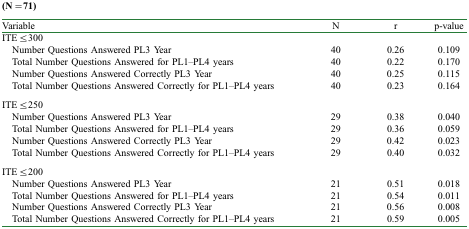
| Variable | N | r | p-value |
 | --- | --- | --- | --- |
 | <COLSPAN=4> ITE≤300 |
 | Number Questions Answered PL3 Year | 40 | 0.26 | 0.109 |
 | Total Number Questions Answered for PL1–PL4 years | 40 | 0.22 | 0.170 |
 | Number Questions Answered Correctly PL3 Year | 40 | 0.25 | 0.115 |
 | Total Number Questions Answered Correctly for PL1–PL4 years | 40 | 0.23 | 0.164 |
 | <COLSPAN=4> ITE≤250 |
 | Number Questions Answered PL3 Year | 29 | 0.38 | 0.040 |
 | Total Number Questions Answered for PL1–PL4 years | 29 | 0.36 | 0.059 |
 | Number Questions Answered Correctly PL3 Year | 29 | 0.42 | 0.023 |
 | Total Number Questions Answered Correctly for PL1–PL4 years | 29 | 0.40 | 0.032 |
 | <COLSPAN=4> ITE≤200 |
 | Number Questions Answered PL3 Year | 21 | 0.51 | 0.018 |
 | Total Number Questions Answered for PL1–PL4 years | 21 | 0.54 | 0.011 |
 | Number Questions Answered Correctly PL3 Year | 21 | 0.56 | 0.008 |
 | Total Number Questions Answered Correctly for PL1–PL4 years | 21 | 0.59 | 0.005 |